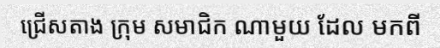
ជ្រើសតាង ក្រុម សមាជិក ណាមួយ ដែល មកពី